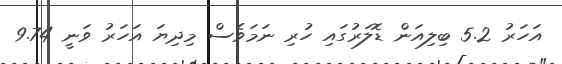
އަހަރު 5.2 ބިލިއަން ޑޮލަރުގައި ހުރި ނަމަވެސް މިދިޔަ އަހަރު ވަނީ 9.74